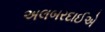
અલબરદાઈએ